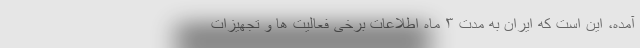
آمده، این است که ایران به مدت ۳ ماه اطلاعات برخی فعالیت ها و تجهیزات